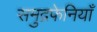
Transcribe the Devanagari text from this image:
समुद्रफेनियाँ